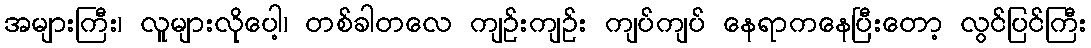
အများကြီး၊ လူများလိုပေါ့၊ တစ်ခါတလေ ကျဉ်းကျဉ်း ကျပ်ကျပ် နေရာကနေပြီးတော့ လွင်ပြင်ကြီး